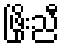
ဖြိုးညီ